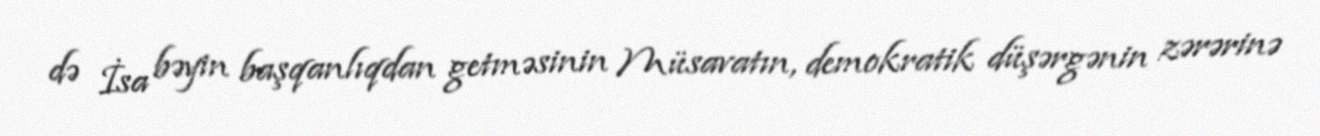
də İsa bəyin başqanlıqdan getməsinin Müsavatın, demokratik düşərgənin zərərinə